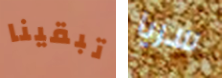
تبقينا سريا